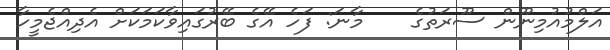
އަލްމުއުމިނޫން ސޫރަތުގެ    މާނަ: ފަހެ އޭގެ ބޭރުގައިވާކަމަކަށް އެދިއްޖެމީހާ